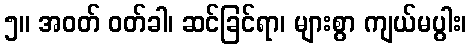
၅။ အဝတ် ဝတ်ခါ၊ ဆင်ခြင်ရာ၊ များစွာ ကျယ်မပွါး၊